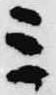
ミ